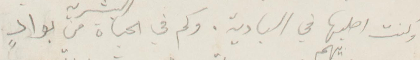
وكنت اطلبها في البادية. وكم في الحياة البشرية من بوادٍ